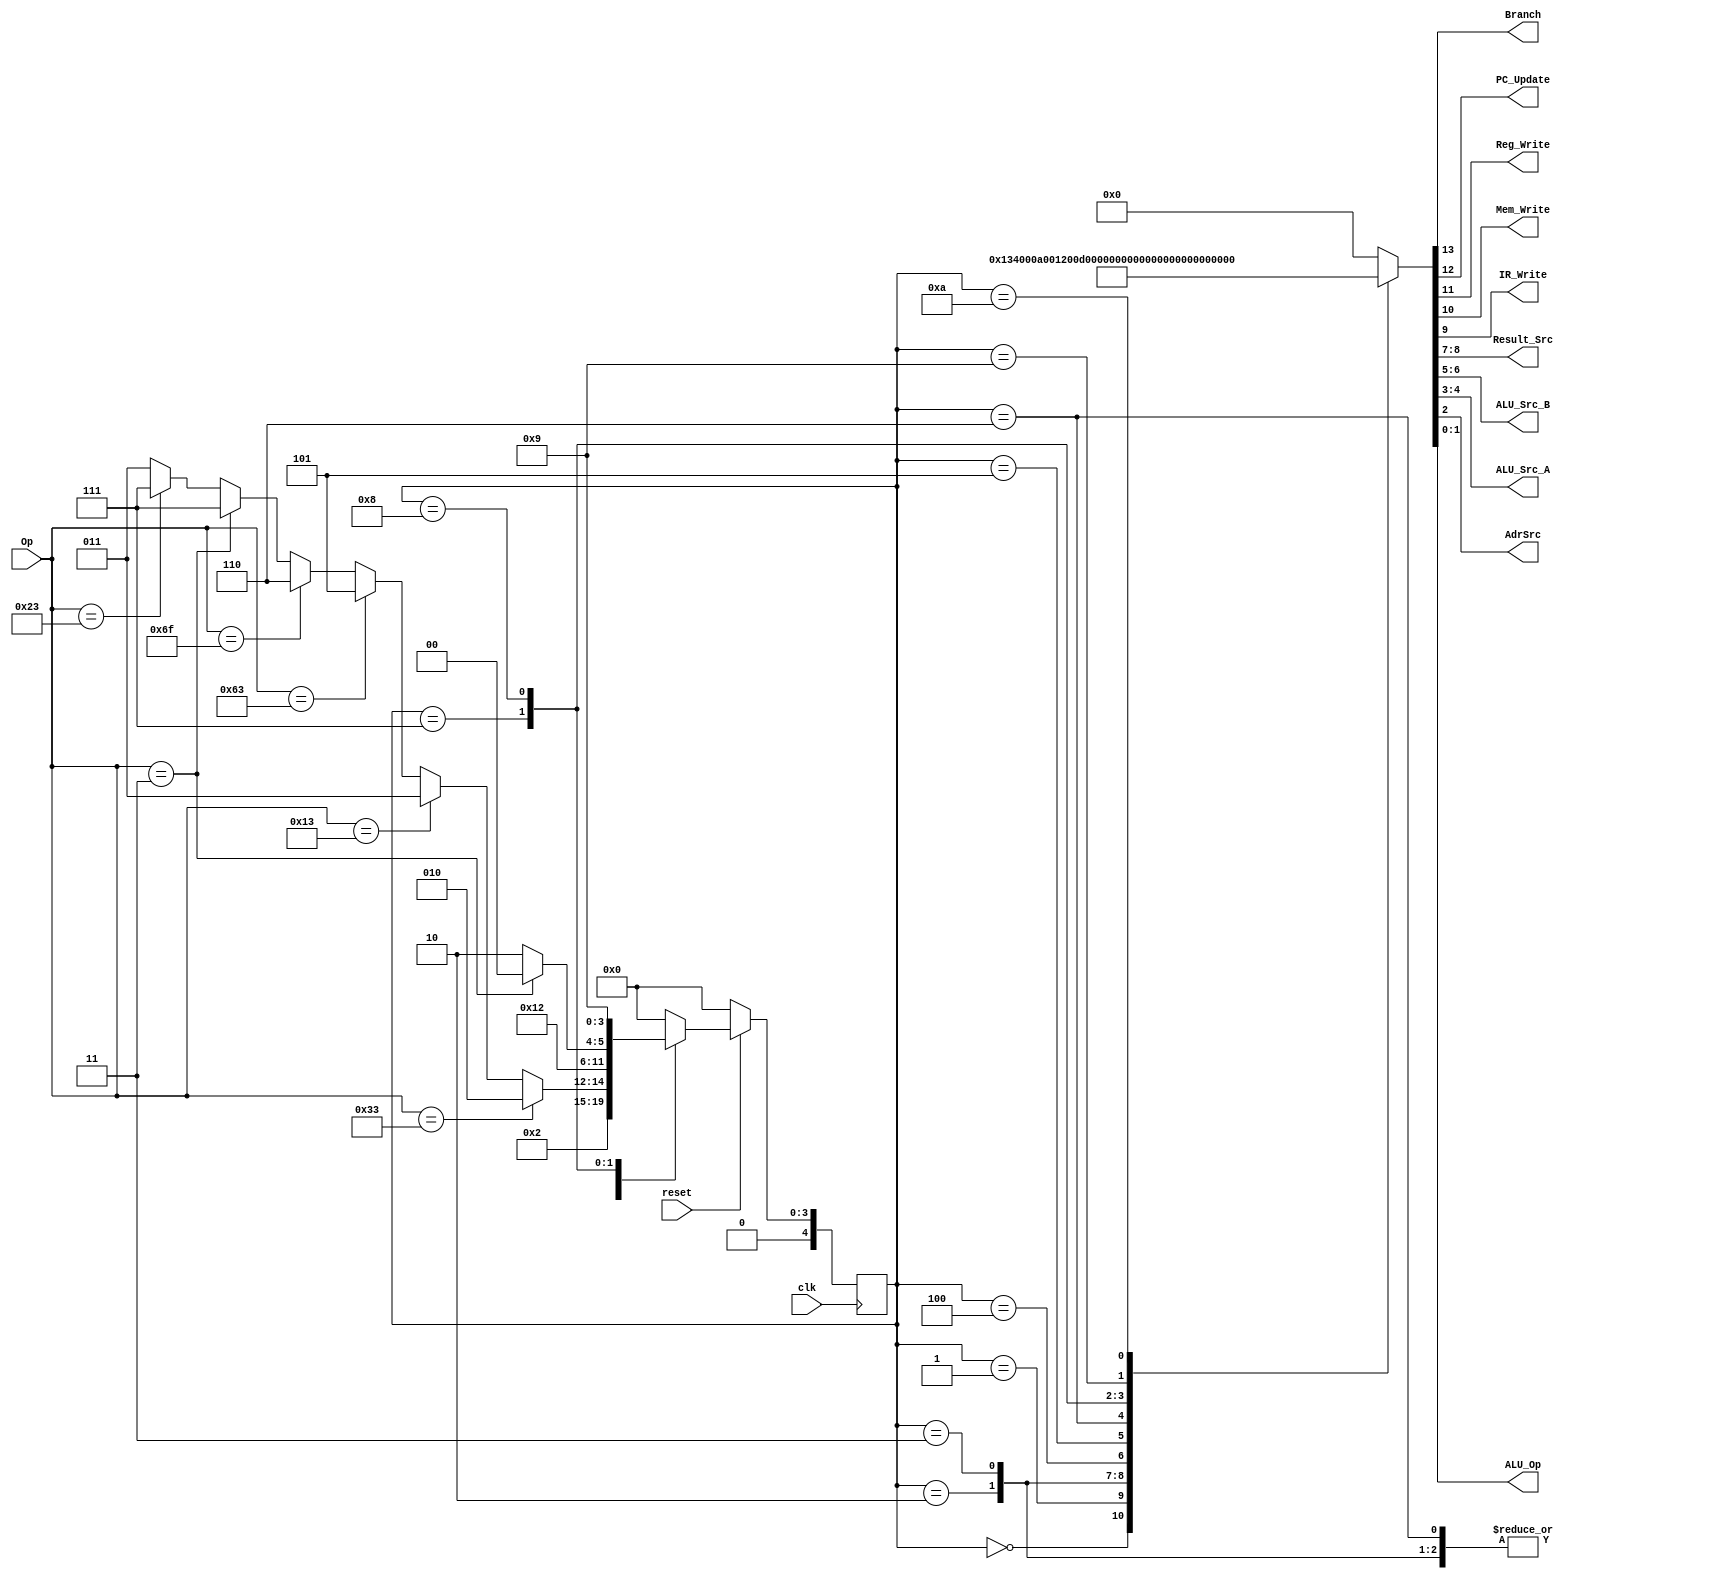
module Control_Signals
(
	input 			clk,
	input 			reset,
	input		[6:0]	Op,
	
	output			Branch,	
	output  			PC_Update,
	output 			Reg_Write,
	output 			Mem_Write,
	output 			IR_Write,
	output	[1:0]	Result_Src,
	output 	[1:0]	ALU_Src_B,
	output 	[1:0]	ALU_Src_A,
	output			AdrSrc,
	output 	[1:0]	ALU_Op
);

	localparam	IF 		= 5'b00000,
					ID 		= 5'b00001,
					EX_R 		= 5'b00010,
					EX_I 		= 5'b00011,
					ALU_WB 	= 5'b00100,
					BEQ 		= 5'b00101,
					JAL 		= 5'b00110,
					LWSW		= 5'b00111,
					LW			= 5'b01000,
					M_WB		= 5'b01001,
					SW			= 5'b01010,
					MULT		= 5'b01011;
							
	reg	[4:0]		state;
	reg	[4:0]		next_state;
	reg	[13:0]	control_bus;
	
	always@(posedge clk) begin
		if(!reset) state <= IF; 
		else state <= next_state;
	end
	
	always@(state or Op) begin
		control_bus = 14'b0_0_0_0_0_00_00_00_0_00;
		case (state)
			IF	:	begin
						control_bus = 14'b0_1_0_0_1_10_10_00_0_00;
						
						next_state = ID;
					end
						
			
			ID		:	begin
							control_bus = 14'b0_0_0_0_0_00_01_01_0_00;
							
							next_state = 	(Op == 7'b0110011) ? EX_R : 
												(Op == 7'b0010011) ? EX_I : 
												(Op == 7'b1100011) ? BEQ  :
												(Op == 7'b1101111) ? JAL  : 
												(Op == 7'b0000011) ? LWSW :
												(Op == 7'b0100011) ? LWSW :EX_I;
						end
			
			EX_R	:	begin
							control_bus = 14'b0_0_0_0_0_00_00_10_0_10; //add
							
							next_state = ALU_WB;
						end

			EX_I	: 	begin
							control_bus = 14'b0_0_0_0_0_00_01_10_0_10; //addi

							next_state = ALU_WB;
						end

			ALU_WB:	begin
							control_bus = 14'b0_0_1_0_0_00_00_00_0_00;
							
							next_state = IF;
						end
						
			BEQ	 :	begin
							control_bus = 14'b1_0_0_0_0_00_00_10_0_01;
							
							next_state = IF;
						end
			
			JAL	:	begin
							control_bus = 14'b0_1_0_0_0_00_10_01_0_00;
							
							next_state = ALU_WB;
						end
			
						
			/*JR	:		begin
							control_bus = 17'b1_0_0_0_00_00_0_0_00_00_01_0;
							
							next_state = IF;
						end*/
			
			LWSW	:	begin
							control_bus = 14'b0_0_0_0_0_00_01_10_0_00;
							
							next_state = (Op == 7'b0000011) ? LW : SW;
						end
			
			LW		:	begin
							control_bus = 14'b0_0_0_0_0_00_00_00_1_00;
							
							next_state = M_WB;
						end
			
			M_WB	:	begin
							control_bus = 14'b0_0_1_0_0_01_00_00_0_00;
							
							next_state = IF;
						end
						
			SW		:	begin
							control_bus = 14'b0_0_0_1_0_00_00_00_1_00;
							
							next_state = IF;
						end
						
			default	:	next_state = IF;
		endcase
	end
	
	assign Branch		= control_bus[13];
	assign PC_Update	= control_bus[12];
	assign Reg_Write	= control_bus[11];
	assign Mem_Write	= control_bus[10];
	assign IR_Write	= control_bus[9];
	assign Result_Src	= control_bus[8:7];
	assign ALU_Src_B	= control_bus[6:5];
	assign ALU_Src_A	= control_bus[4:3];
	assign AdrSrc 		= control_bus[2];
	assign ALU_Op 		= control_bus[1:0];
	
	//reg	[12:0]	control_bus;
	//control_bus = 14'b0_0_0_0_0_00_00_00_0_00
	//Fetch 		  = 14'b0_1_0_0_1_10_10_00_0_00
	//Decode		  = 14'b0_0_0_0_0_00_01_01_0_00
	//Execute_R	  = 14'b0_0_0_0_0_00_00_10_0_10
	//Execute_I	  = 14'b0_0_0_0_0_00_01_10_0_10
	//ALU_WB		  = 14'b0_0_1_0_0_00_00_00_0_00
	//Beq			  = 14'b1_0_0_0_0_00_00_10_0_01
	//Jal			  = 14'b0_1_0_0_0_00_10_01_0_00
	//LwSw		  = 14'b0_0_0_0_0_00_01_10_0_00
	//Lw			  = 14'b0_0_0_0_0_00_00_00_1_00
	//M_WB		  = 14'b0_0_1_0_0_01_00_00_0_00
	//SW			  = 14'b0_0_0_1_0_00_00_00_1_00
endmodule